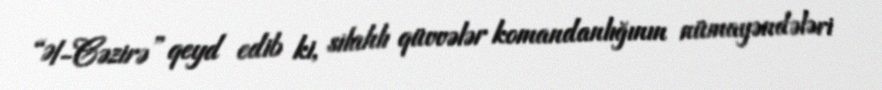
“Əl-Cəzirə” qeyd edib ki, silahlı qüvvələr komandanlığının nümayəndələri